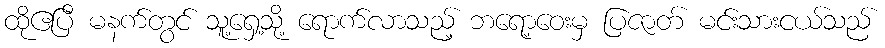
ထိုဧပြီ မနက်တွင် သူ့ရှေ့သို့ ရောက်လာသည့် ဘရော့ဝေးမှ ပြဇာတ် မင်းသားငယ်သည်